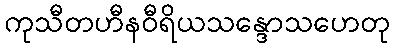
ကုသီတဟီနဝီရိယသန္ဒောသဟေတု